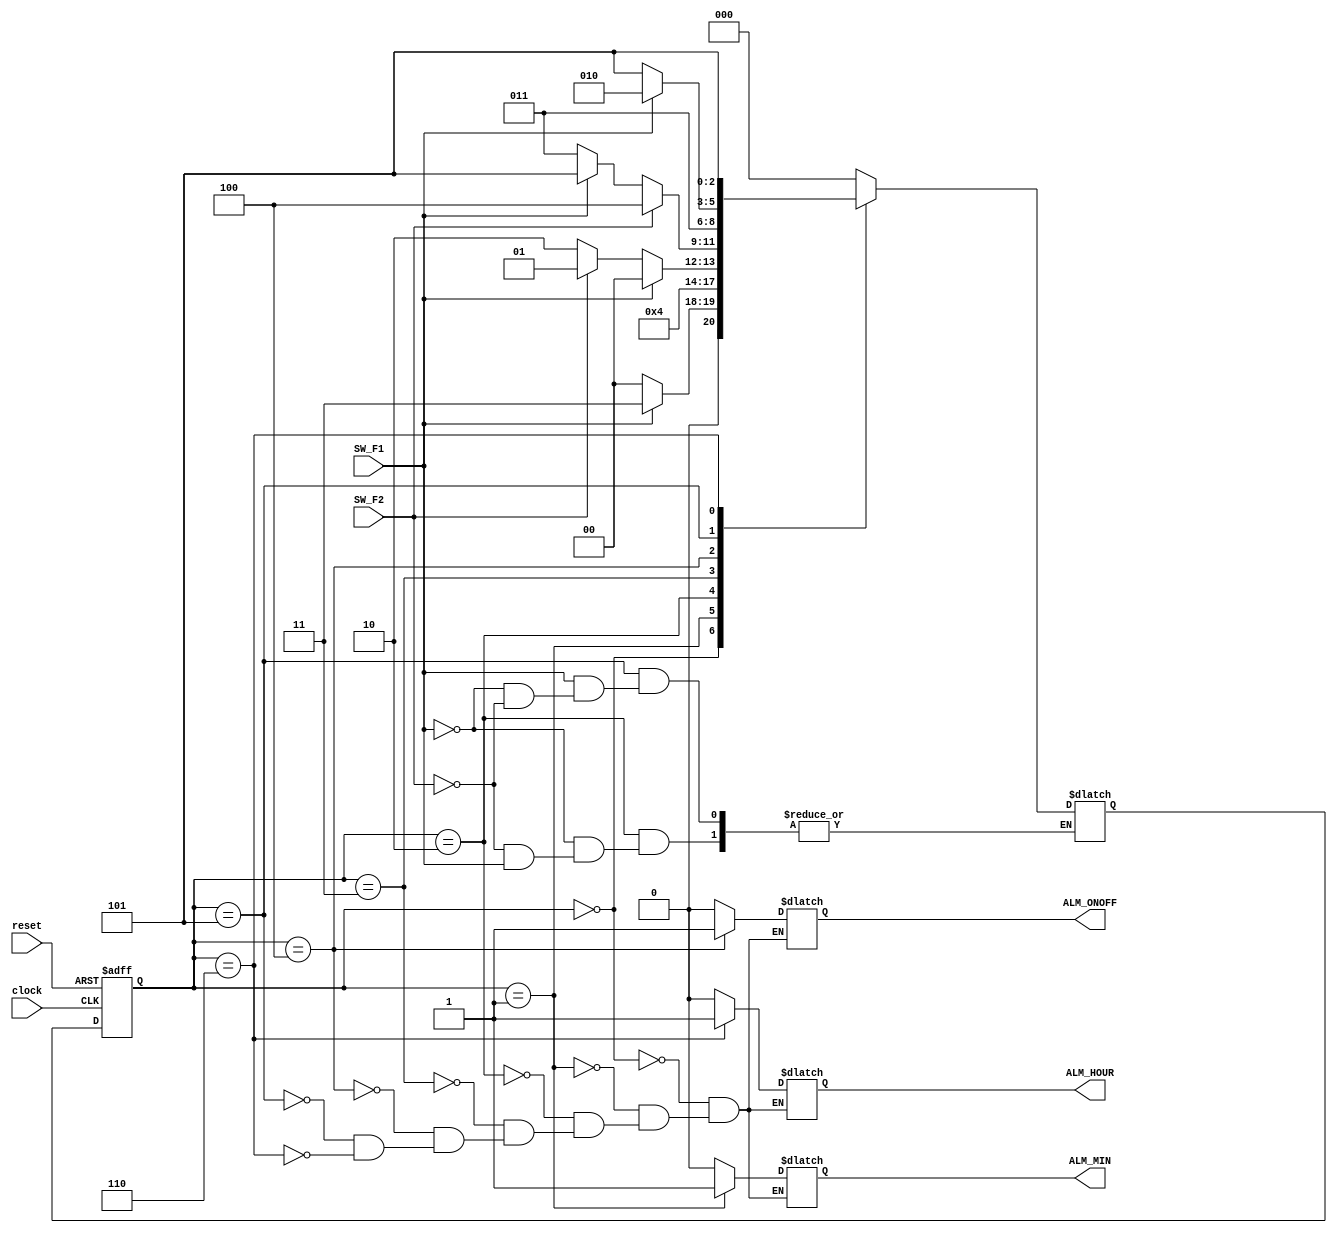
module AlarmControl(reset, clock, SW_F1, SW_F2, ALM_ONOFF, ALM_HOUR, ALM_MIN);
  input reset;
  input clock;
  input SW_F1;
  input SW_F2;
  output ALM_ONOFF;
  output ALM_HOUR;
  output ALM_MIN;

  reg ALM_ONOFF;
  reg ALM_HOUR;
  reg ALM_MIN;

  parameter [2:0] IDLE = 0, INCMIN = 1, SETMIN = 2, SETONOFF = 3, TOGGLE = 4, SETHOUR = 5, INCHOUR = 6;
  reg [2:0] current_state, next_state;

  always @(posedge clock or negedge reset)
  begin: SYNCH
    if (reset == 1'b0)
       current_state <= IDLE;
    else
       current_state <= next_state;
  end

  always @(current_state or SW_F1 or SW_F2)
  begin: COMBIN
     case (current_state)
        IDLE:
        begin
          if (!(SW_F1))
             begin
             next_state <= IDLE;
             end
          else if (SW_F1)
             begin
             next_state <= SETONOFF;
             end
          ALM_ONOFF <= 1'b0;
          ALM_HOUR <= 1'b0;
          ALM_MIN <= 1'b0;

        end

        INCMIN:
        begin
            next_state <= SETMIN;
          ALM_ONOFF <= 1'b0;
          ALM_HOUR <= 1'b0;
          ALM_MIN <= 1'b1;

        end

        SETMIN:
        begin
          if (SW_F1)
             begin
             next_state <= IDLE;
             end
          else if (SW_F2)
             begin
             next_state <= INCMIN;
             end
          else if (!(SW_F1))
             begin
             next_state <= SETMIN;
             end
          ALM_ONOFF <= 1'b0;
          ALM_HOUR <= 1'b0;
          ALM_MIN <= 1'b0;

        end

        SETONOFF:
        begin
          if (SW_F2)
             begin
             next_state <= TOGGLE;
             end
          else if (!(SW_F1))
             begin
             next_state <= SETONOFF;
             end
          else if (SW_F1)
             begin
             next_state <= SETHOUR;
             end
          ALM_ONOFF <= 1'b0;
          ALM_HOUR <= 1'b0;
          ALM_MIN <= 1'b0;

        end

        TOGGLE:
        begin
            next_state <= SETONOFF;
          ALM_ONOFF <= 1'b1;
          ALM_HOUR <= 1'b0;
          ALM_MIN <= 1'b0;

        end

        SETHOUR:
        begin
          if (!(SW_F1))
             begin
             next_state <= SETHOUR;
             end
          else if (SW_F1)
             begin
             next_state <= SETMIN;
             end
          else if (SW_F2)
             begin
             next_state <= INCHOUR;
             end
          ALM_ONOFF <= 1'b0;
          ALM_HOUR <= 1'b0;
          ALM_MIN <= 1'b0;

        end

        INCHOUR:
        begin
            next_state <= SETHOUR;
          ALM_ONOFF <= 1'b0;
          ALM_HOUR <= 1'b1;
          ALM_MIN <= 1'b0;

        end


        default:
          next_state <= IDLE;
     endcase
  end

endmodule